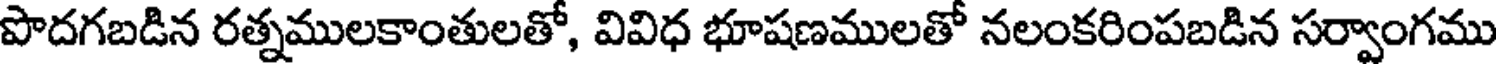
పొదగబడిన రత్నములకాంతులతో, వివిధ భూషణములతో నలంకరింపబడిన సర్వాంగము